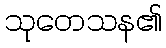
သုတေသန၏